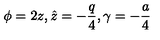
\phi = 2 z , \hat { z } = - \frac { q } { 4 } , \gamma = - \frac { a } { 4 }